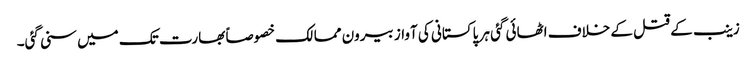
زینب کے قتل کے خلاف اٹھائی گئی ہر پاکستانی کی آواز بیرون ممالک خصوصاً بھارت تک میں سنی گئی۔